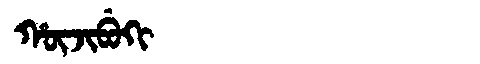
Manchu: ᡥᡡᠵᡳᠪᡠᡴᡳ
Romanization: HŪJIBUKI